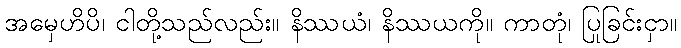
အမှေဟိပိ၊ ငါတို့သည်လည်း။ နိဿယံ၊ နိဿယကို။ ကာတုံ၊ ပြုခြင်းငှာ။